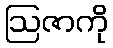
ဩဇာကို